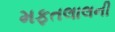
મફતલાલની